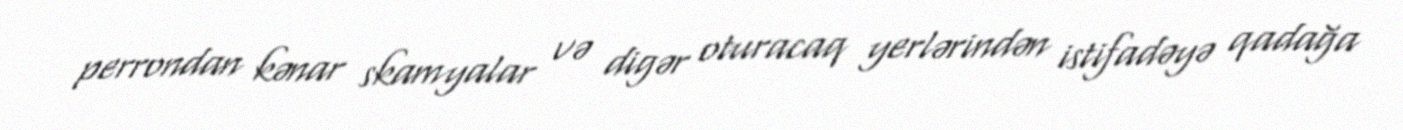
perrondan kənar skamyalar və digər oturacaq yerlərindən istifadəyə qadağa